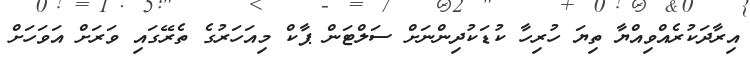
އިރާދަކުރެއްވިއްޔާ ތިޔަ ހުރިހާ ކުޑަކުދިންނަށް ސަލްޓަން ޕާކް މިއަހަރުގެ ތެރޭގައި ވަރަށް އަވަހަށް